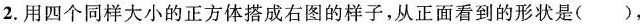
2.用四个同样大小的正方体搭成右图的样子，从正面看到的形状是( )，